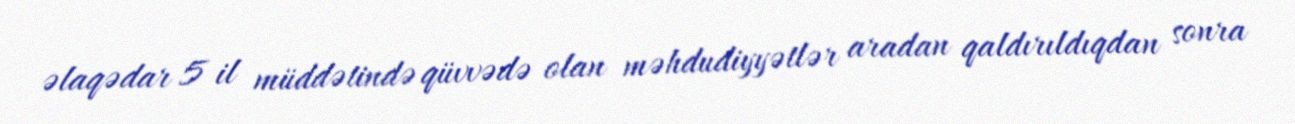
əlaqədar 5 il müddətində qüvvədə olan məhdudiyyətlər aradan qaldırıldıqdan sonra